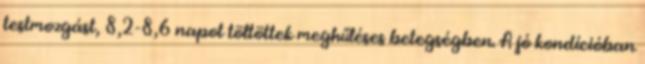
testmozgást, 8,2-8,6 napot töltöttek meghűléses betegségben. A jó kondícióban